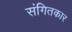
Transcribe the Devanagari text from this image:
संगितकार